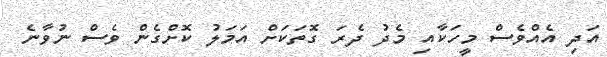
އަދި އެއްވެސް މީހަކާއި މެދު ދެރަ ގޮތަކަށް އަމަލު ކޮށްގެން ވެސް ނުވާނެ